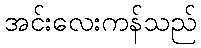
အင်းလေးကန်သည်